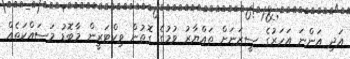
އަދި އަންނަ އަހަރުގެ ސީޒަނަށް ތައްޔާރު ވުމުގެ ގޮތުން ވިކްޓަރީން މާބޮޑު މަސައްކަތެއް